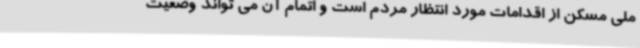
ملی مسکن از اقدامات مورد انتظار مردم است و اتمام آن می تواند وضعیت